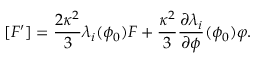
[ F ^ { \prime } ] = \frac { 2 \kappa ^ { 2 } } { 3 } \lambda _ { i } ( \phi _ { 0 } ) F + \frac { \kappa ^ { 2 } } { 3 } \frac { \partial \lambda _ { i } } { \partial \phi } ( \phi _ { 0 } ) \varphi .